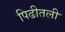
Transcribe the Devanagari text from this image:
पिढीतली